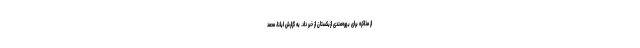
از مذاکره برای بهره‌مندی ازبکستان از خبر داد. به گزارش ایلنا، محمد